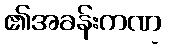
၏အခန်းကဏ္